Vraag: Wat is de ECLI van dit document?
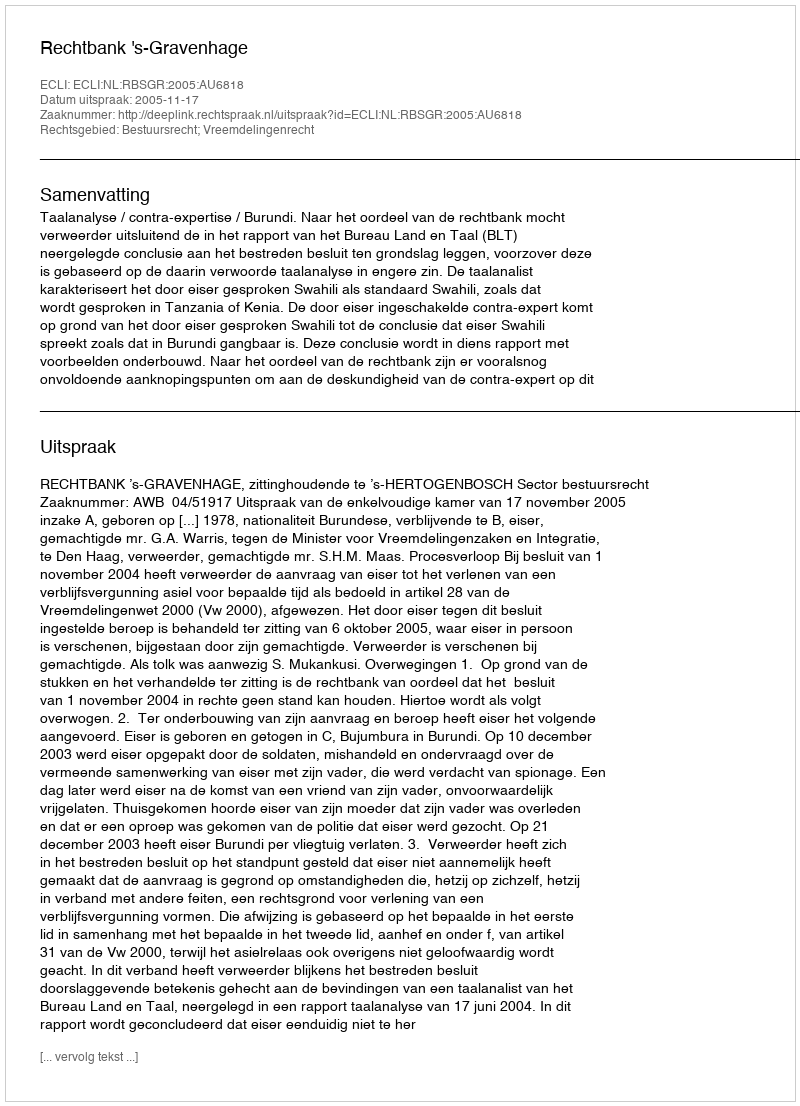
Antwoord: ECLI:NL:RBSGR:2005:AU6818